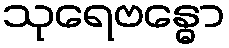
သုရေဗန္ဓော